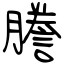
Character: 謄